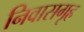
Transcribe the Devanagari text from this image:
निवासगृह